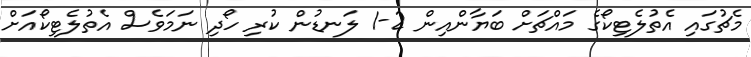
މެޗުގައި އެތުލެޓިކޯގެ މައްޗަށް ބަޔާންއިން 2-1 ލަނޑުން ކުރި ހޯދި ނަމަވެސް އެތުލެޓިކޯއަށް